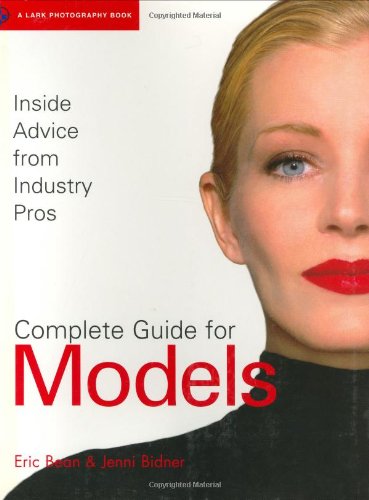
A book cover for Complete Guide for Models: Inside Advice from Industry Pros for Fashion Modeling; Eric Bean; Arts & Photography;